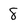
Character: 8